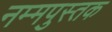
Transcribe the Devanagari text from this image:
नम्मपुस्तक